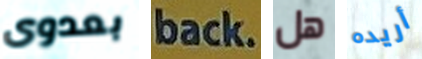
بعدوى back هل أريده